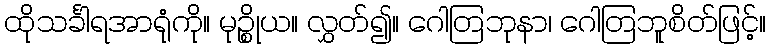
ထိုသင်္ခါရအာရုံကို။ မုဉ္စိုယ။ လွှတ်၍။ ဂေါတြဘုနာ၊ ဂေါတြဘူစိတ်ဖြင့်။